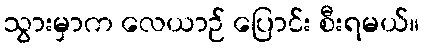
သွားမှာက လေယာဉ် ပြောင်း စီးရမယ်။